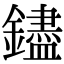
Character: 𬬗